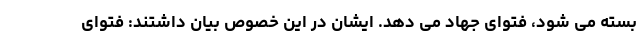
بسته می شود، فتوای جهاد می دهد. ایشان در این خصوص بیان داشتند: فتوای